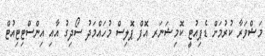
މަޝްވަރާ ކުރުމަށް ޑެޕިއުޓީ ކޮމިޝަނަރ އޮފް ޕޮލިސް މުހައްމަދު ސޯދިގު އާއި އިންސްޓިޓިއުޓް